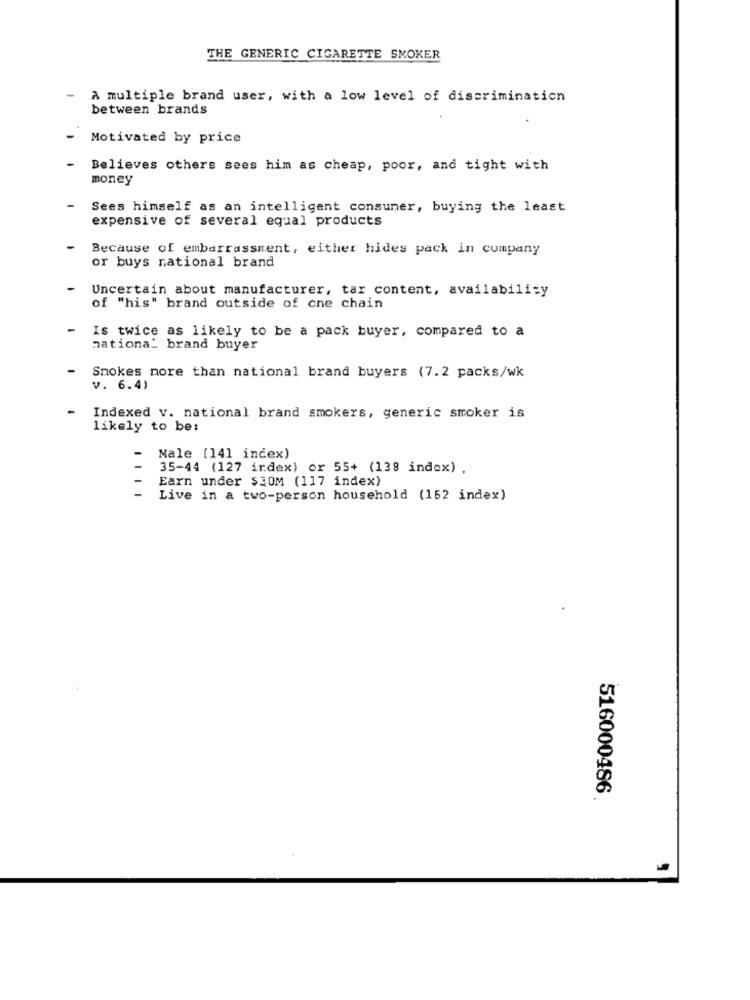
THE GENERIC CIGARETTE SMOKER
-
A multiple brand user, with a low level of discrimination
between brands
Motivated by price
- Believes others sees him as cheap, poor, and tight with
money
-
Sees himself as an intelligent consumer, buying the least
expensive of several equal products
Because of embarrassment, either hides pack in company
or buys national brand
- Uncertain about manufacturer, tar content, availability
of "his" brand outside of cne chain
-
Is twice as likely to be a pack buyer, compared to a
nationa_ brand buyer
-
Smokes more than national brand buyers (7.2 packs/wk
v. 6.4)
-
Indexed v. national brand smokers, generic smoker is
likely to be:
Male (141 index)
35-44 (127 index) or 55+ (138 index) .
Earn under $30M (117 index)
Live in a two-person household (152 index)
516000486